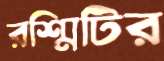
রশ্মিটির